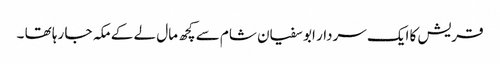
قریش کا ایک سردار ابو سفیان شام سے کچھ مال لے کے مکہ جا رہا تھا ۔